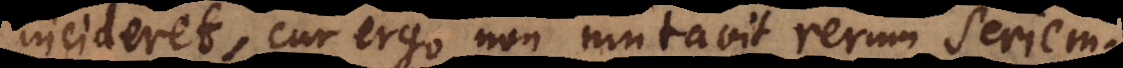
incideret, cur ergo non mutavit rerum seriem.